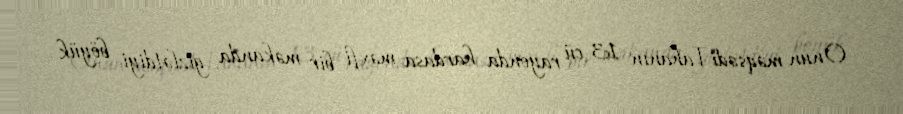
Onun məqsədi Tahanın 13-cü rayonda hardasa məxfi bir məkanda gizlətdiyi böyük